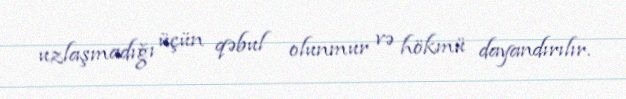
uzlaşmadığı üçün qəbul olunmur və hökmü dayandırılır.